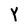
Character: Y